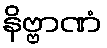
နိဗ္ဗာဏံ